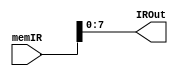
`timescale 1ns / 1ps

module IR(
    output reg  [7:0]   IROut,  //holds the instruction opcode
    input       [15:0]   memIR   //input from memory :: memory address taken from PC
    );
    initial 
        IROut = 0;

    always @(memIR) IROut = memIR[7:0];

endmodule